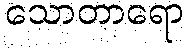
သောတာရော